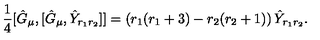
\frac { 1 } { 4 } [ \hat { G } _ { \mu } , [ \hat { G } _ { \mu } , \hat { Y } _ { r _ { 1 } r _ { 2 } } ] ] = \left( r _ { 1 } ( r _ { 1 } + 3 ) - r _ { 2 } ( r _ { 2 } + 1 ) \right) \hat { Y } _ { r _ { 1 } r _ { 2 } } .